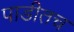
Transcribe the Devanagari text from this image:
पाडीतच